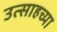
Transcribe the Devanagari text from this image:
उत्साहच्या